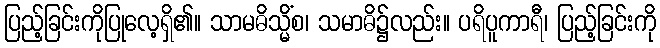
ပြည့်ခြင်းကိုပြုလေ့ရှိ၏။ သာမဓိသ္မိံစ၊ သမာဓိ၌လည်း။ ပရိပူကာရီ၊ ပြည့်ခြင်းကို